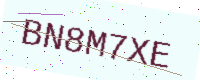
Text: BN8M7XE